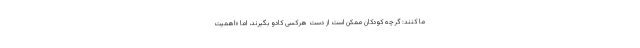
ما کنند: گرچه کودکان ممکن است از دست هرکسی کادو بگیرند، اما «اهمیت